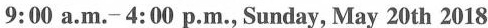
9:00 a.m.- 4:00 p.M., Sunday, May 20th 2018